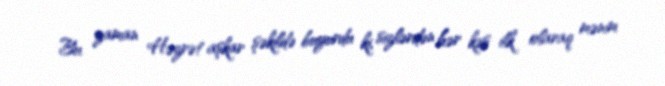
Bu zaman Həzrət aşkar şəkildə buyurdu ki, sizlərdən hər kəs ilk olaraq mənim